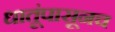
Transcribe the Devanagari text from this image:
धातूंपासूनच